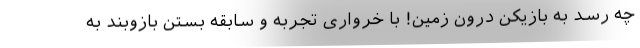
چه رسد به بازیکن درون زمین! با خرواری تجربه و سابقه بستن بازوبند به